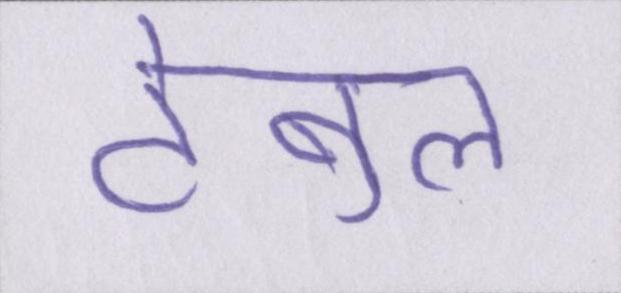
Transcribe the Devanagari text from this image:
टेबुल